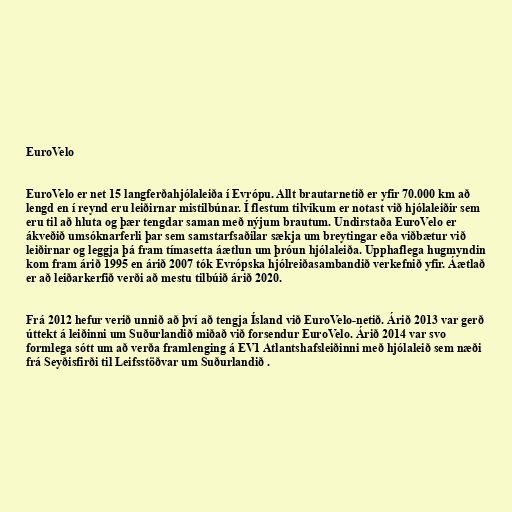
EuroVelo

EuroVelo er net 15 langferðahjólaleiða í Evrópu. Allt brautarnetið er yfir 70.000 km að
lengd en í reynd eru leiðirnar mistilbúnar. Í flestum tilvikum er notast við hjólaleiðir sem
eru til að hluta og þær tengdar saman með nýjum brautum. Undirstaða EuroVelo er
ákveðið umsóknarferli þar sem samstarfsaðilar sækja um breytingar eða viðbætur við
leiðirnar og leggja þá fram tímasetta áætlun um þróun hjólaleiða. Upphaflega hugmyndin
kom fram árið 1995 en árið 2007 tók Evrópska hjólreiðasambandið verkefnið yfir. Áætlað
er að leiðarkerfið verði að mestu tilbúið árið 2020.

Frá 2012 hefur verið unnið að því að tengja Ísland við EuroVelo-netið. Árið 2013 var gerð
úttekt á leiðinni um Suðurlandið miðað við forsendur EuroVelo. Árið 2014 var svo
formlega sótt um að verða framlenging á EV1 Atlantshafsleiðinni með hjólaleið sem næði
frá Seyðisfirði til Leifsstöðvar um Suðurlandið .